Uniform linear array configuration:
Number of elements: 64
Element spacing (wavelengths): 1
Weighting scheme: cosine
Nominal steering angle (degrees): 15
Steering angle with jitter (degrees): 14.062
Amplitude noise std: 0.05
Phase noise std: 0.05

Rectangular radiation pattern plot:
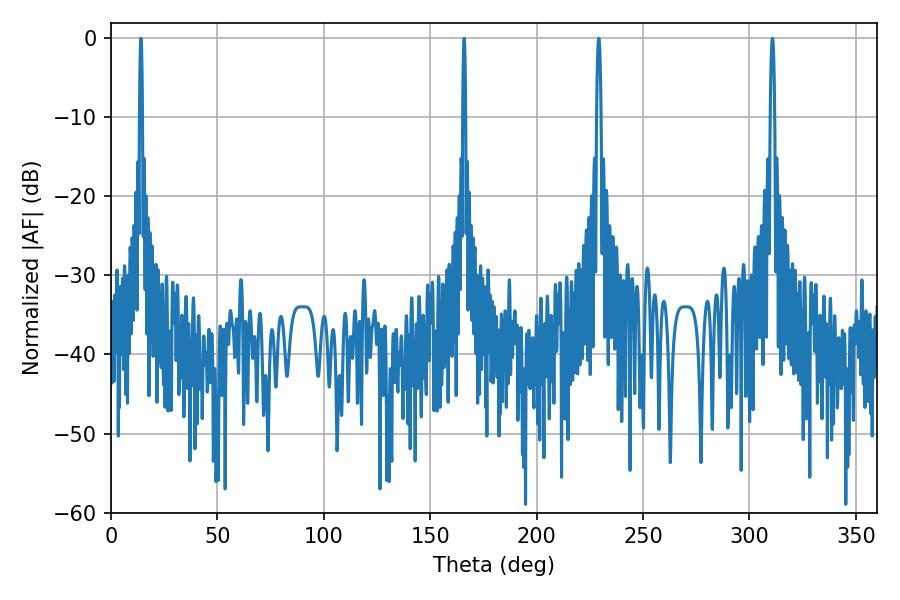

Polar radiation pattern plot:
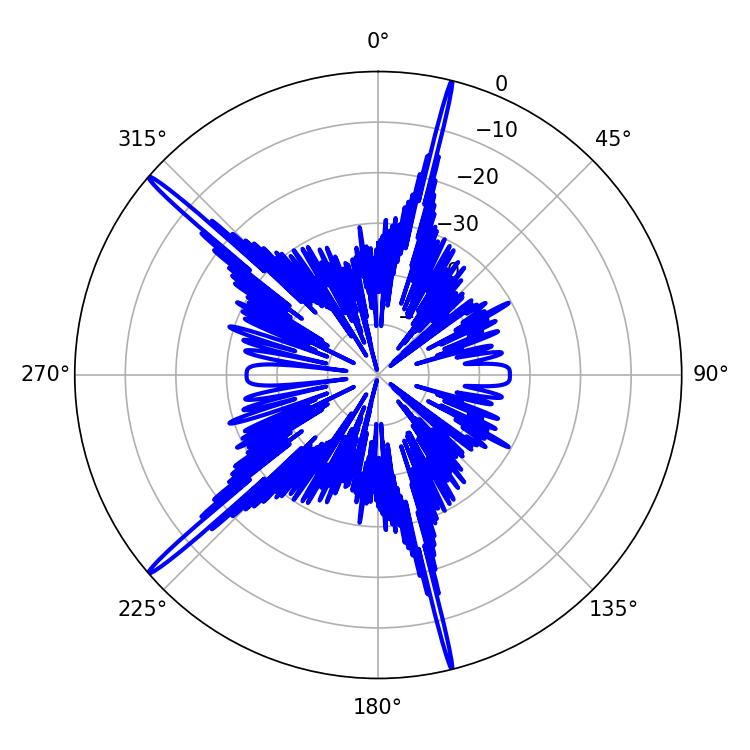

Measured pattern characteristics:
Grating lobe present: TRUE
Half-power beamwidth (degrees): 0.72
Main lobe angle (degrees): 14.04